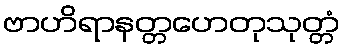
ဗာဟိရာနတ္တဟေတုသုတ္တံ